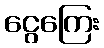
ငွေကြေး